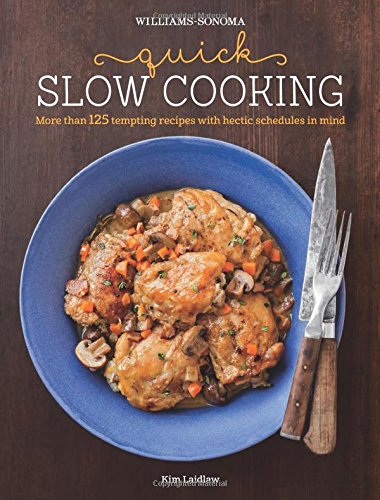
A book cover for Quick Slow Cooking (Williams-Sonoma); Kim Laidlaw; Cookbooks, Food & Wine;